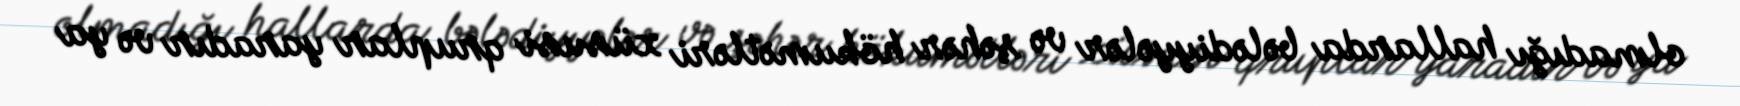
olmadığı hallarda bələdiyyələr və şəhər hökumətləri xüsusi qruplar yaradır və ya